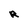
Character: R